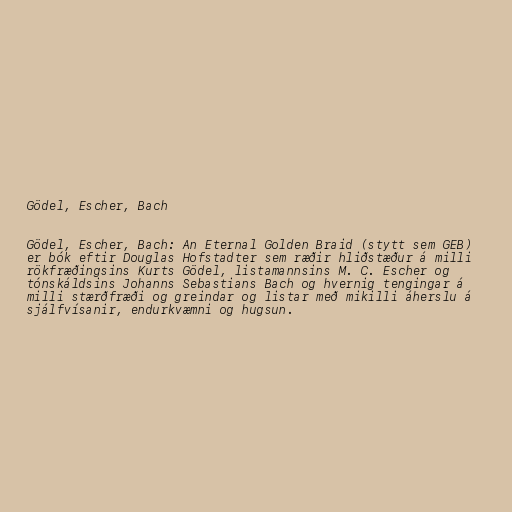
Gödel, Escher, Bach

Gödel, Escher, Bach: An Eternal Golden Braid (stytt sem GEB)
er bók eftir Douglas Hofstadter sem ræðir hliðstæður á milli
rökfræðingsins Kurts Gödel, listamannsins M. C. Escher og
tónskáldsins Johanns Sebastians Bach og hvernig tengingar á
milli stærðfræði og greindar og listar með mikilli áherslu á
sjálfvísanir, endurkvæmni og hugsun.